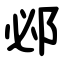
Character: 邲